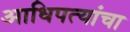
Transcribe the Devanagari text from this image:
आधिपत्यांचा